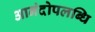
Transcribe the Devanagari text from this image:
आनंदोपलब्धि